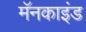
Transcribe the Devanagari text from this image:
मॅनकाइंड